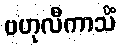
ဗဟုလီကာသိံ